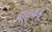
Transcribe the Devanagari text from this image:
बाळकडु